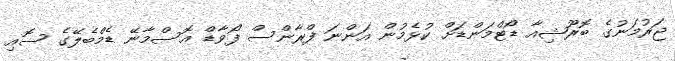
ޖަރުމަނުގެ ބޮރޫޝިއާ ޑޯޓްމަންޑަށް ކުޅެމުން އަންނަ ފްރާންސް ފޯވާޑް އޮސްމާނޭ ޑެމްބެލޭގެ ސޮއި